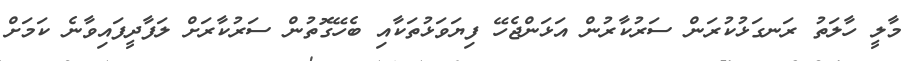
މާލީ ހާލަތު ރަނގަޅުކުރަން ސަރުކާރުން އަޅަންޖެހޭ ފިޔަވަޅުތަކާއި ބެހޭގޮތުން ސަރުކާރަށް ލަފާދީފައިވާނެ ކަމަށް